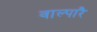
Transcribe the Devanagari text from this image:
वाल्पारै